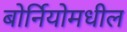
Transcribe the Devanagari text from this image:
बोर्नियोमधील